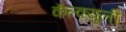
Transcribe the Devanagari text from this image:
कॅल्क्युली